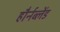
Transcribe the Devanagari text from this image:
हौर्नब्लेंड